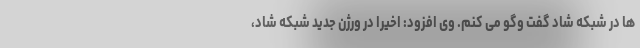
ها در شبکه شاد گفت وگو می کنم. وی افزود: اخیرا در ورژن جدید شبکه شاد،